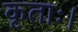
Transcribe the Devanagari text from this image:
कृताः।